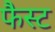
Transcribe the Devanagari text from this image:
फैस्ट